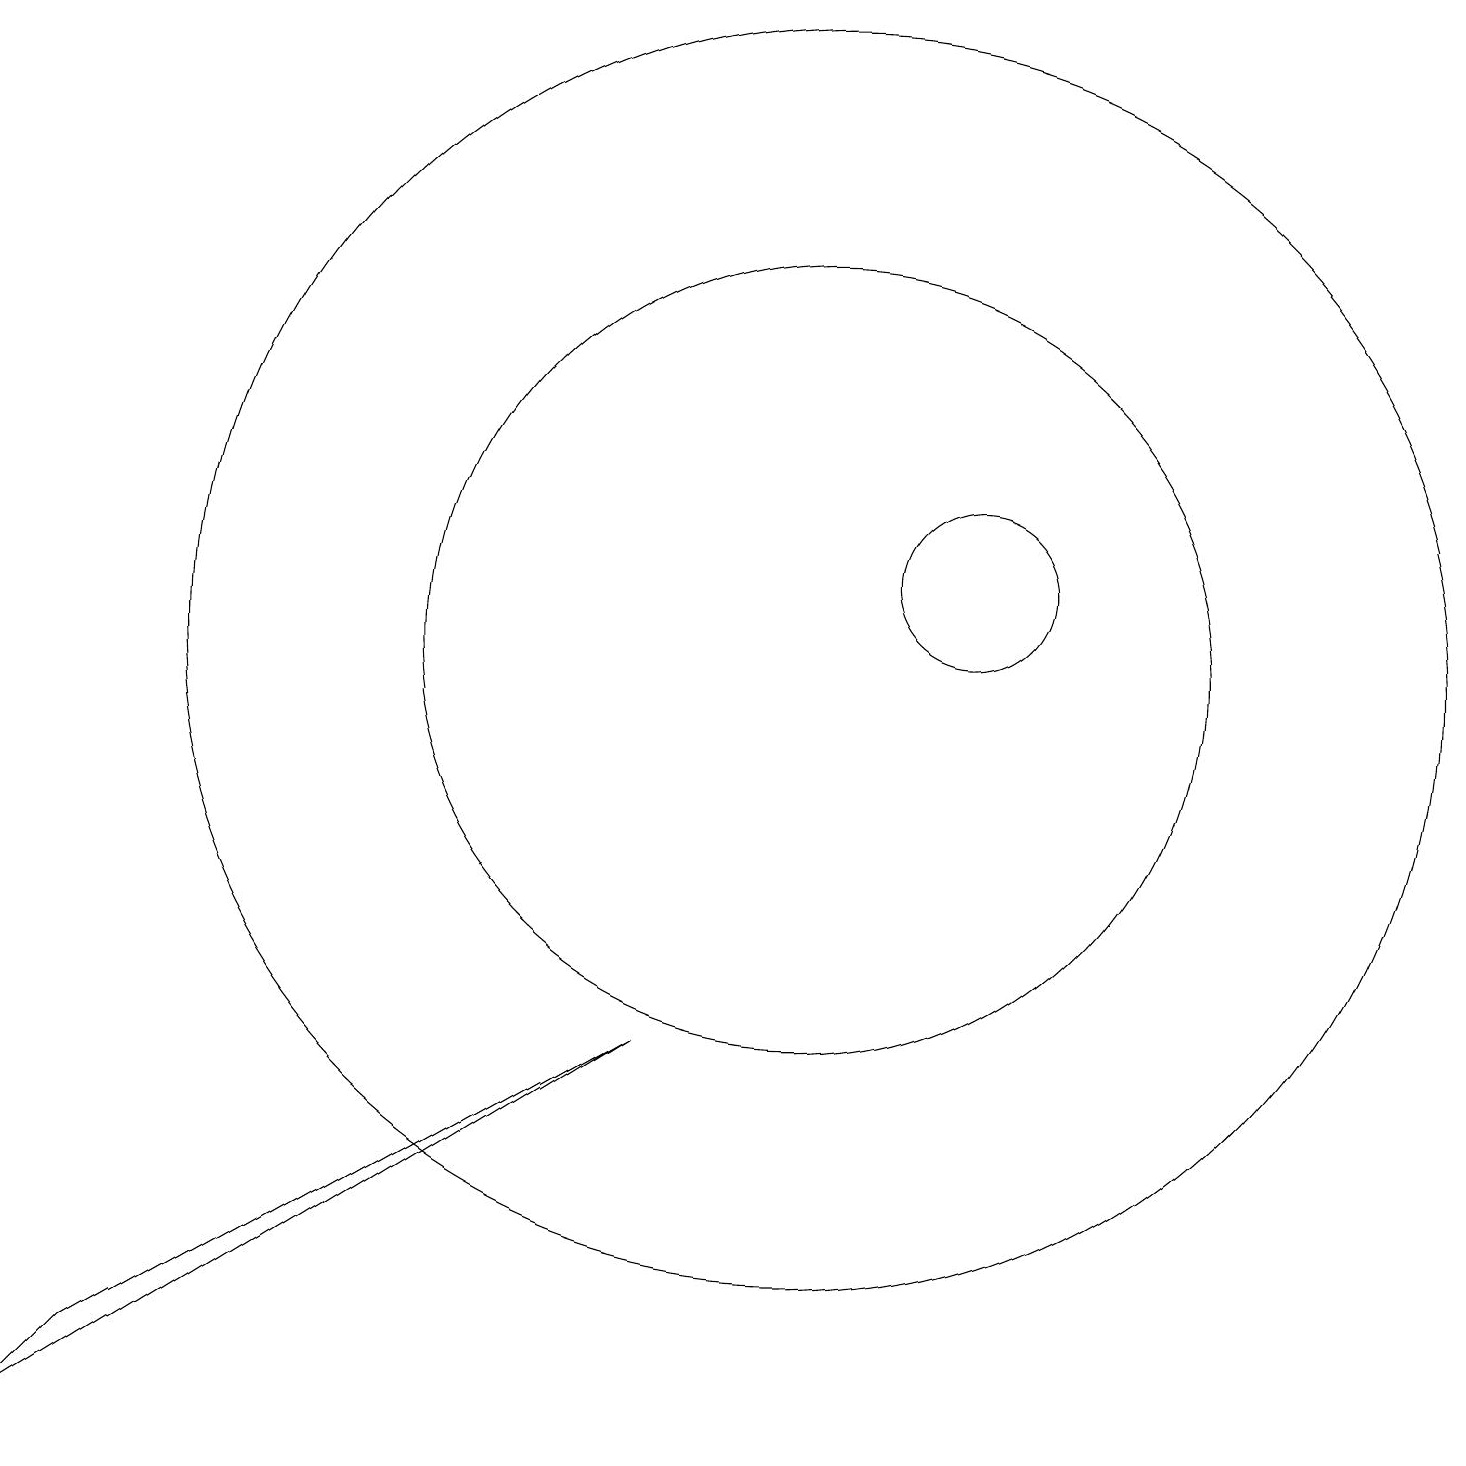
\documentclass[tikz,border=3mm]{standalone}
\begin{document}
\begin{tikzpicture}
\draw (10,10) circle (8);
\draw (12,11) circle (1);
\draw (10,10) circle (5);
\draw (1,1) -- (0,0) -- (8,5) -- cycle;
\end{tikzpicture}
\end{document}